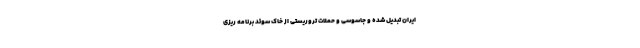
ایران تبدیل شده و جاسوسی و حملات تروریستی از خاک سوئد برنامه ریزی